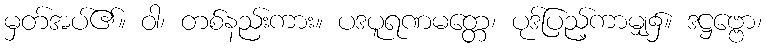
မှတ်အပ်၏။ ဝါ၊ တစ်နည်းကား။ ပဒပူရဏမတ္တေ၊ ပုဒ်ပြည့်ကာမျှ၌။ ဒဋ္ဌဗ္ဗော၊